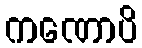
ကဏောပိ